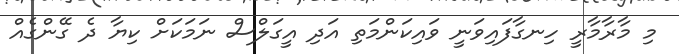
މި މާރާމާރީ ހިނގާފައިވަނީ ވައިކަންމަތި އަދި އީގަލްސް ނަމަކަށް ކިޔާ ދެ ގޭންގެއް